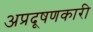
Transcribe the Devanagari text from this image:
अप्रदूषणकारी